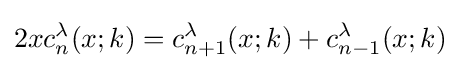
2xc_{n}^{\lambda }(x;k)=c_{n+1}^{\lambda }(x;k)+c_{n-1}^{\lambda }(x;k)